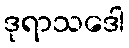
ဒုရာသဒေါ